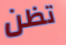
تظن